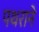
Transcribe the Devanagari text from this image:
पथराने